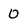
Character: 0